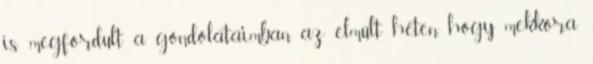
is megfordult a gondolataimban az elmúlt héten, hogy mekkora